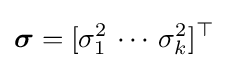
{\boldsymbol {\sigma }}=[\sigma _{1}^{2}\,\cdots \,\sigma _{k}^{2}]^{\top }